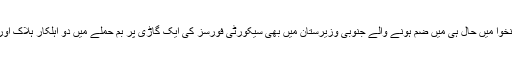
ایک روز قبل خیبر پختونخوا میں حال ہی میں ضم ہونے والے جنوبی وزیرستان میں بھی سیکورٹی فورسز کی ایک گاڑی پر بم حملے میں دو اہلکار ہلاک اور تین زخمی ہوئے تھے۔